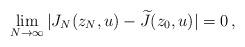
LaTeX: \begin{align*} \lim_{N\rightarrow \infty} |J_N(z_N, u) - \widetilde{J}(z_0, u)| = 0\,,\end{align*}